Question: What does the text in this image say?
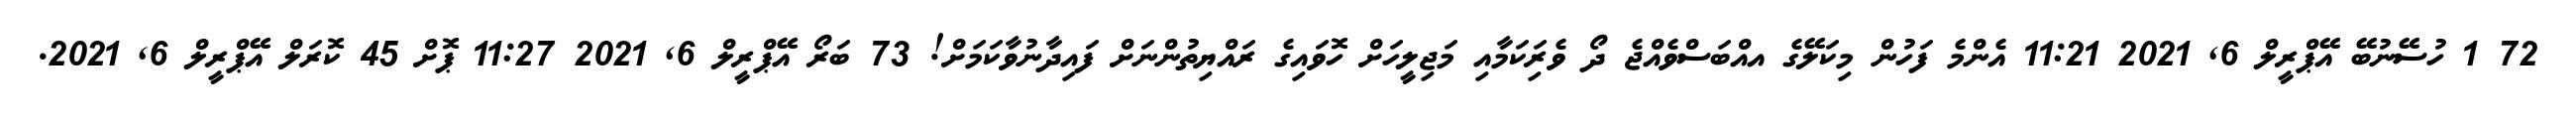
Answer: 72 1 ހުސޭނުބޭ އޭޕްރީލް 6, 2021 11:21 އެންމެ ފަހުން މިކަލޭގެ އއްބަސްވެއްޖެ ދޯ ވެރިަކަމާއި މަޖިލީހަށް ހޮވައިގެ ރައްޔިތުންނަށް ފައިދާނުވާކަމަށް! 73 ބަރޯ އޭޕްރީލް 6, 2021 11:27 ޕޮށް 45 ކޮރަލް އޭޕްރީލް 6, 2021.